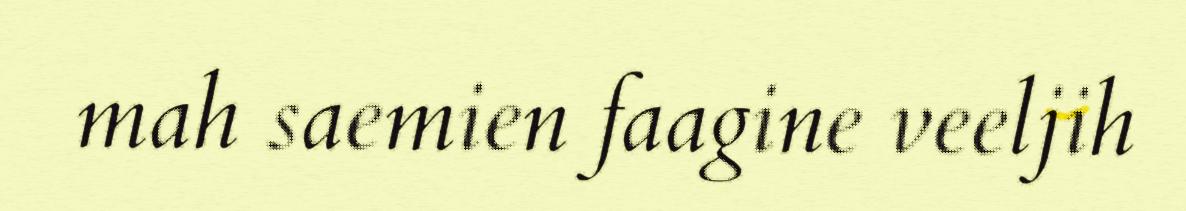
mah saemien faagine veeljih